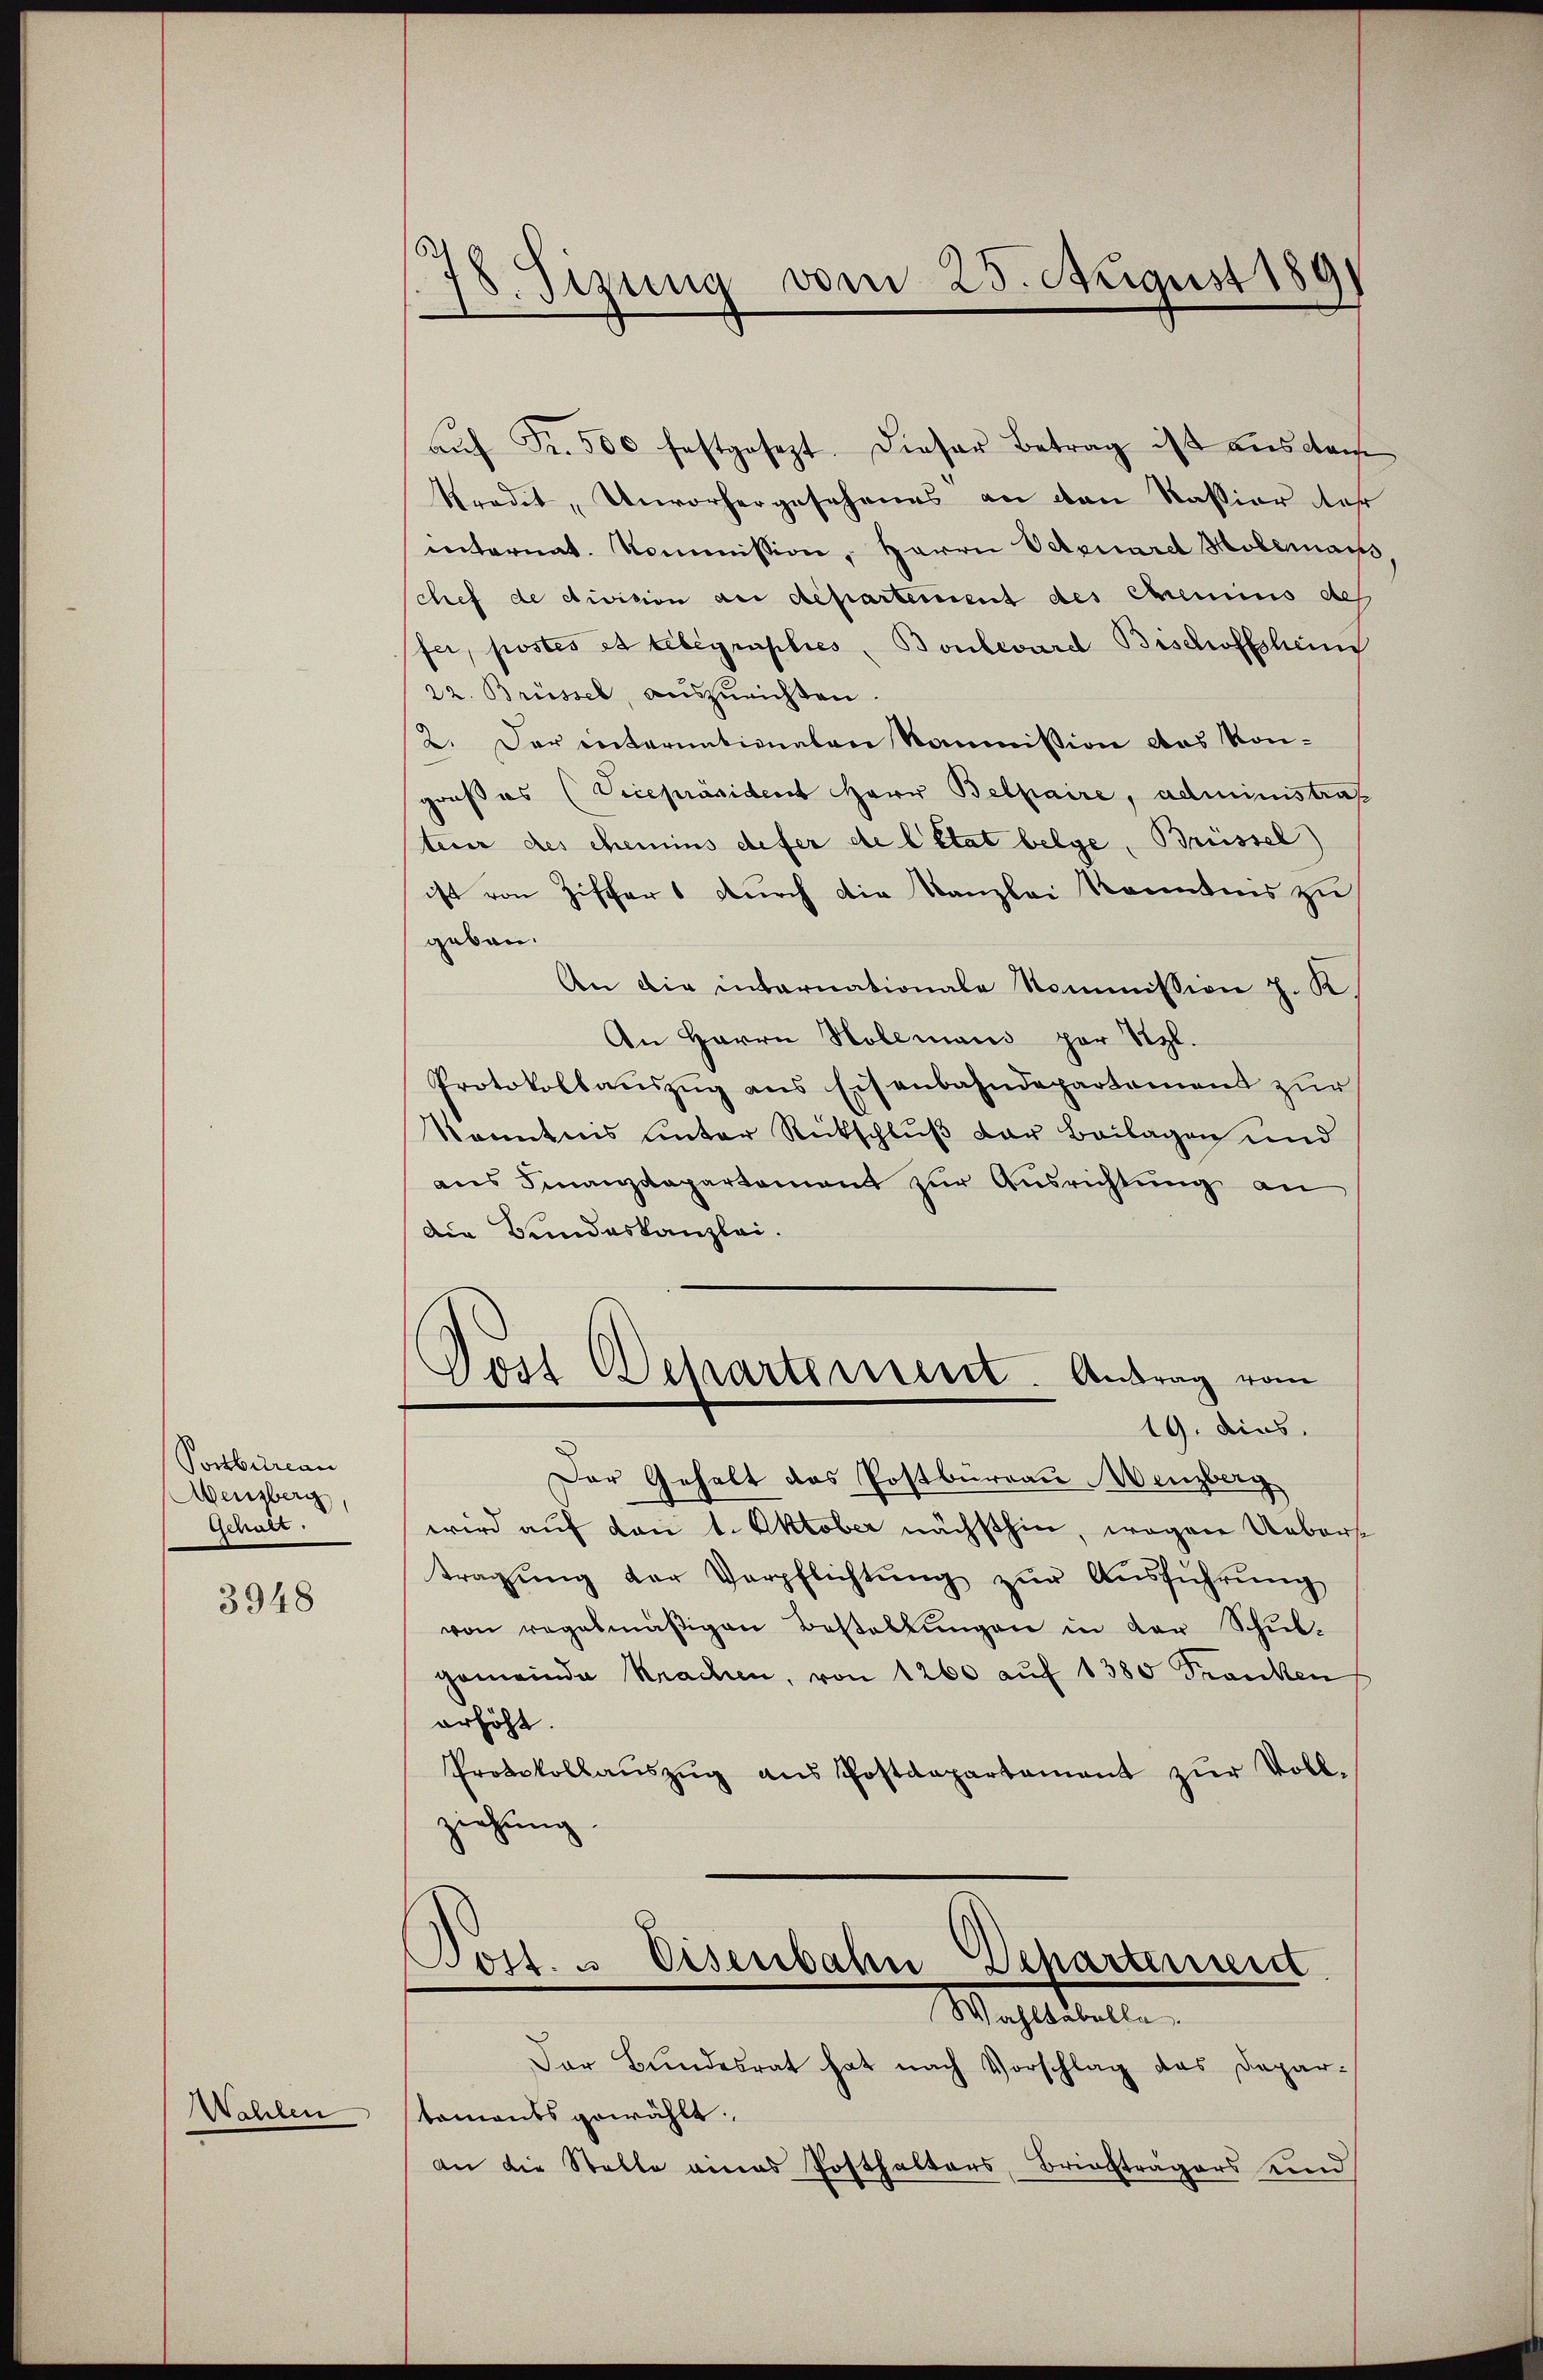
Postbureau
Abensberg
Schatz

3948

Wahlen

.
8. Sizung vom 25. August 189

aŭf Fr. 500 festgesezt. Dieser Betrag ist aus dan
kredit, Unvorhergesehenes an den Kassiar Mehr
internat. Kommission, Herrn Octouard Molerauss
chef de division an departement des Chemins des
fer, postes et telegraphies. Boulevard Bischoffsheim
22. Brüssel, auszurichten.
12. Der enternationalen Kommission das Kongroßes (Vicepräsident Herr Belpaire, administraß
teur des chemins defer de l’état belge, Brüssel
ist von Zischer durch die Kanzlei Kenntnis zu
geben.
An die internationale Kommission J. K.
An Herrn Holemans par Szl.
Protokollauszug aus Eisenbahndepartement zur
konntens unter Rückschluß der Beilagen und
ans Finanzdepartament zŭr Aŭsrichtung an
Die Bundeskanzlei.
Post Departement. Antrag vom
19. dies
Der Gehalt das Postbureau Menzberg
wird auf den 1. Oktober nächsthin, wegen Uebert
tragŭng der Verpflichtŭng zŭr Aŭsführŭng
von regelmäβigen Bestellŭngen in der Schŭl-
gemeinde Krachen, von 1260 aŭf 1380 Franken
erhöht.
Protokollaŭszŭg ans Postdepartament zŭr Voll-
ziehung

Post. " Eisenbahn Departement
Wahlkabelle.

Der Bundesrat hat nach Vorschlag des Depar-
staments gewählt.
an die Stelle eines Posthalters, Briefträgers und